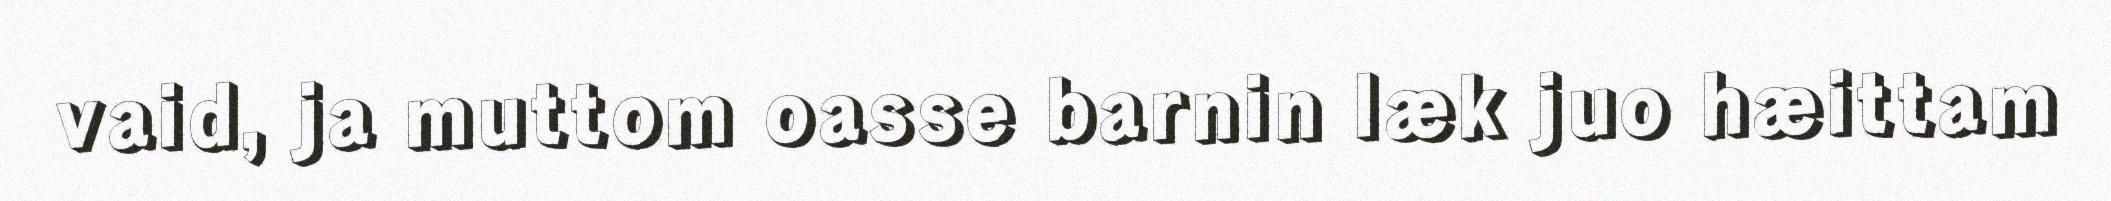
vaid, ja muttom oasse barnin læk juo hæittam